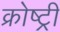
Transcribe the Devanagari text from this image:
क्रोष्ट्री